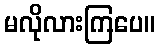
မလိုလားကြပေ။